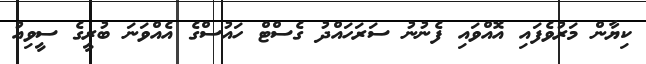
ކިޔާން މަރުވެފައި އޮއްވައި ފެނުނު ސަރަހައްދު ގެސްޓް ހައުސްގެ އެއްވަނަ ބުރީގެ ސީވިއު